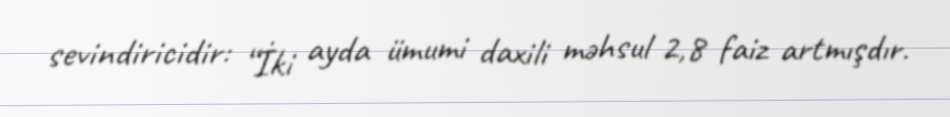
sevindiricidir: “İki ayda ümumi daxili məhsul 2,8 faiz artmışdır.